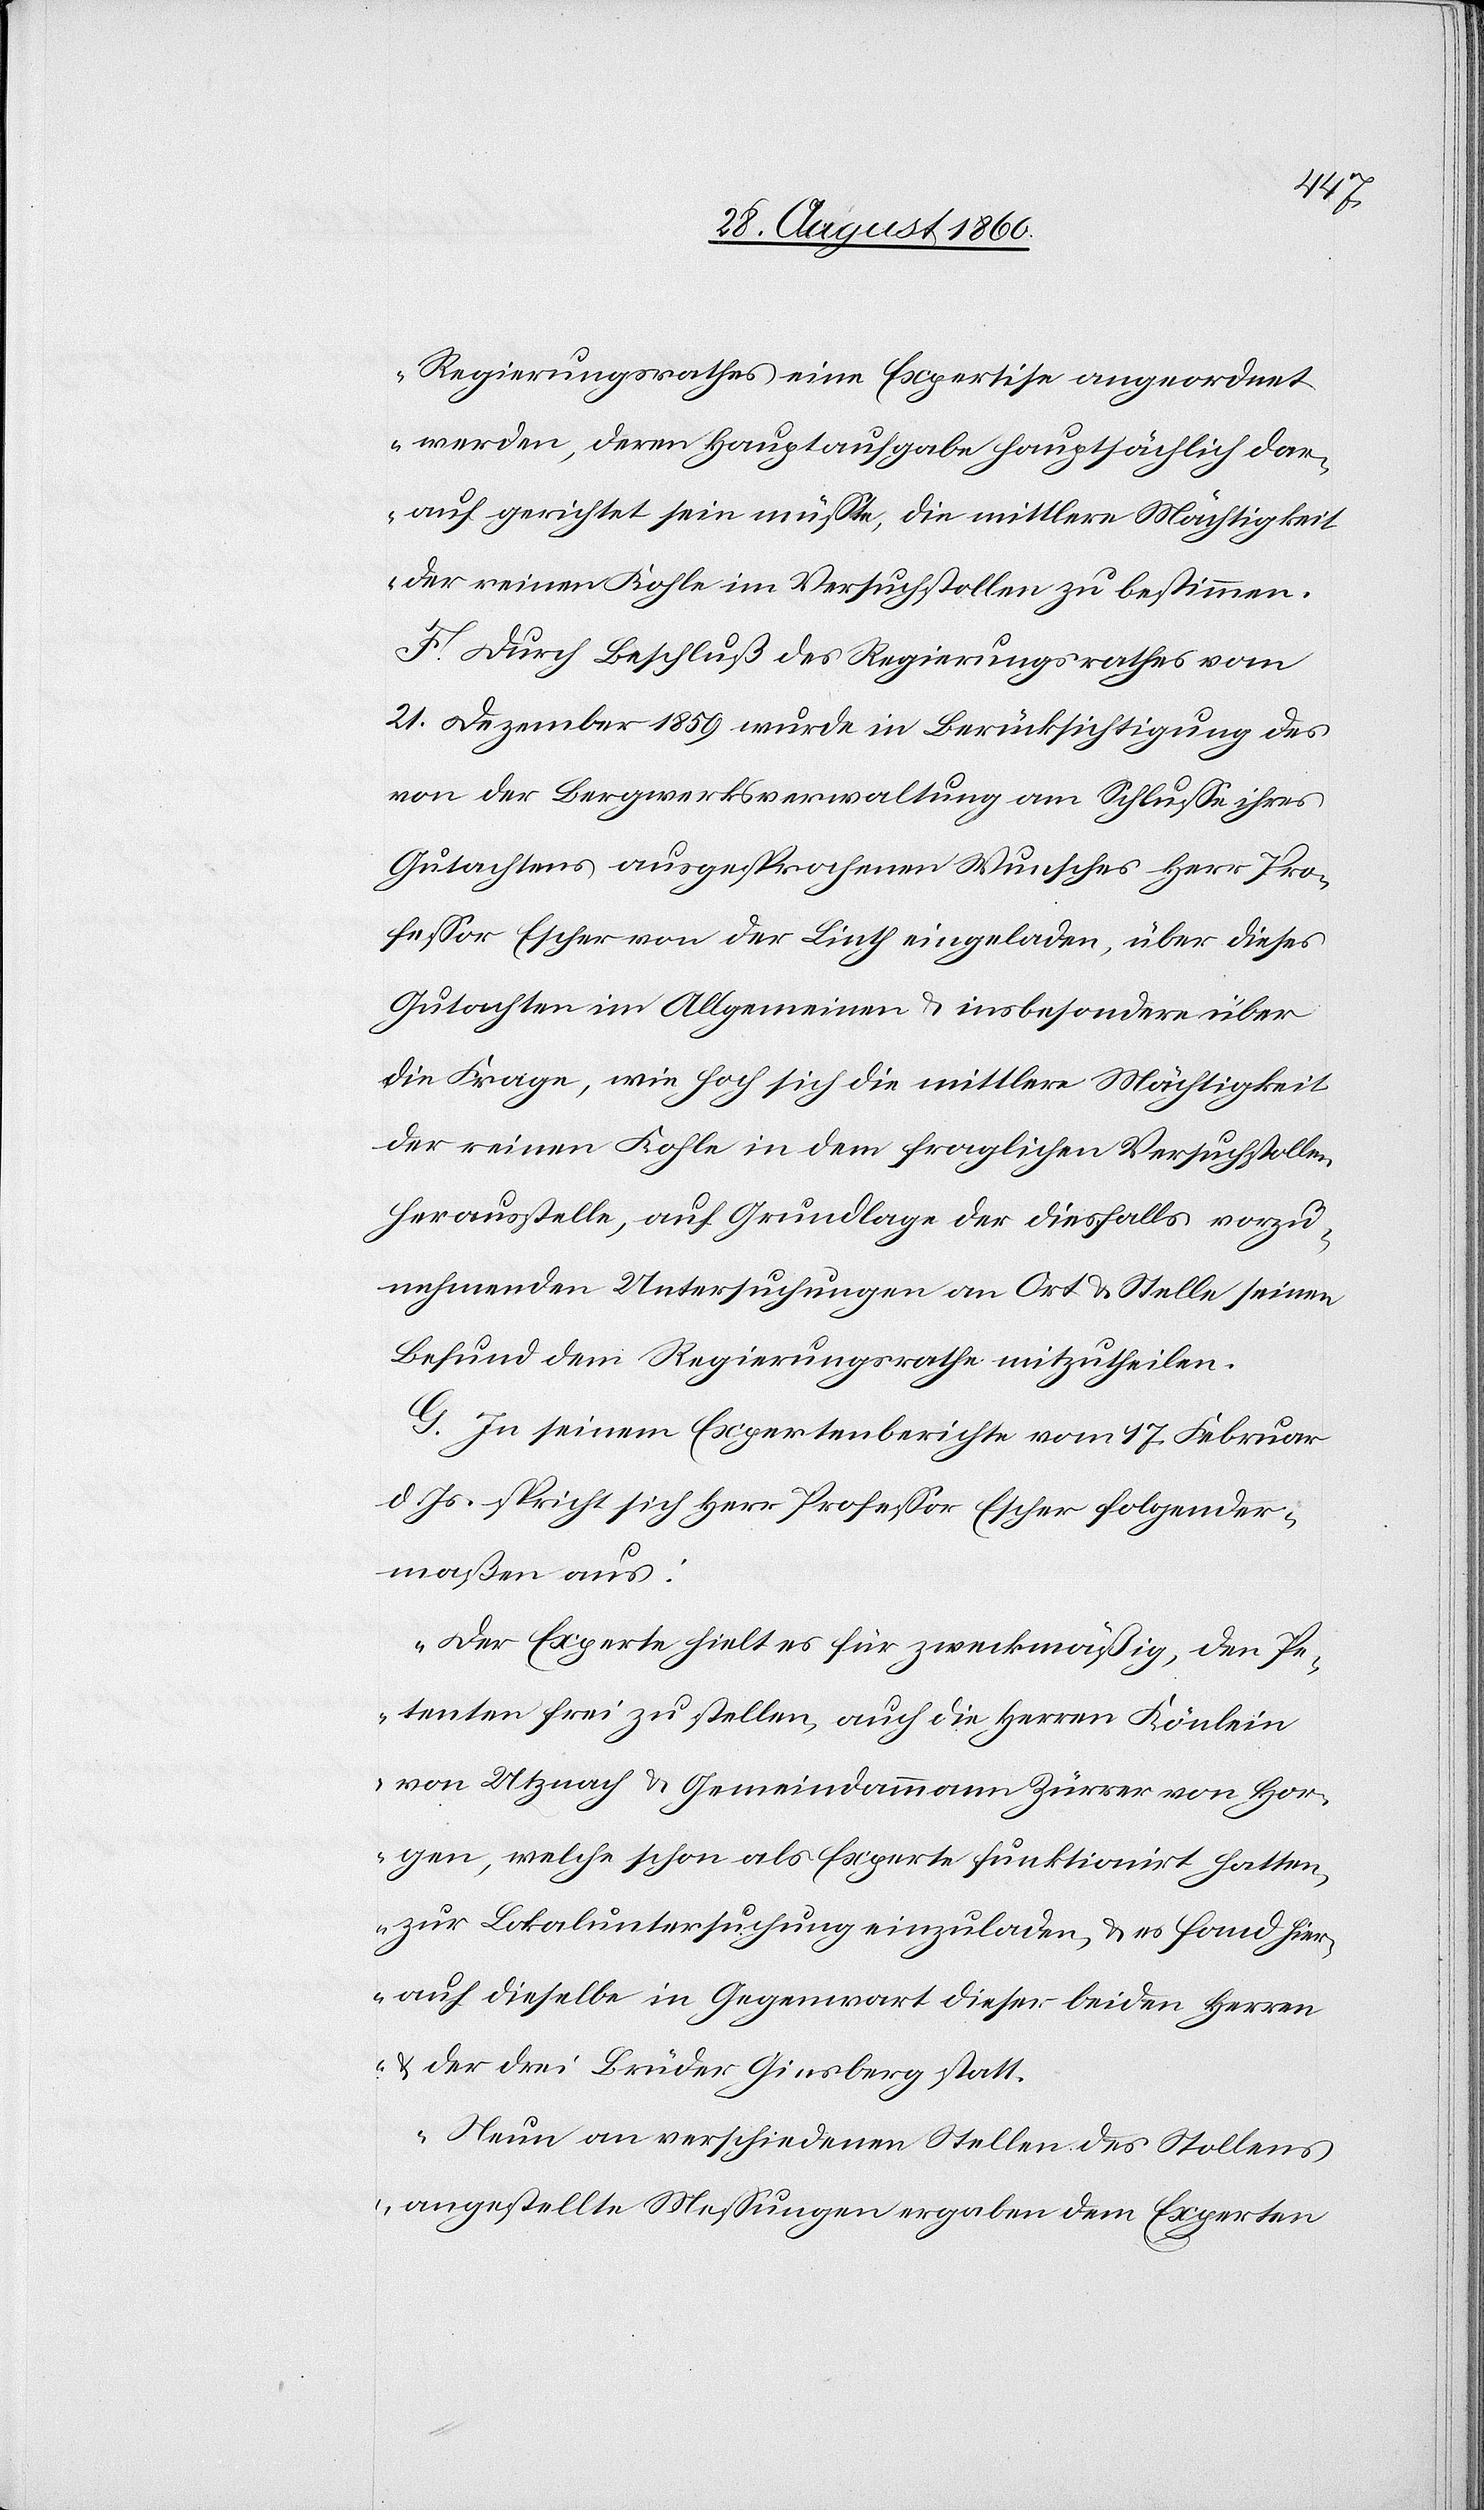
Regierungsrathes eine Expertise angeordnet
werden, deren Hauptaufgabe hauptsächlich dar¬
auf gerichtet sein müsste, die mittlere Mächtigkeit
der reinen Kohle im Versuchsstollen zu bestimmen.“
F. Durch Beschluss des Regierungsrathes vom
21. Dezember 1859 wurde in Berücksichtigung des
von der Bergwerksverwaltung am Schlusse ihres
Gutachtens ausgesprochenen Wunsches, Herr Pro¬
fessor Escher von der Linth eingeladen, über dieses
Gutachten im Allgemeinen u. insbesondere über
die Frage, wie hoch sich die mittlere Mächtigkeit
der reinen Kohle in dem fraglichen Versuchsstollen
herausstelle, auf Grundlage der diesfalls vorzu¬
nehmenden Untersuchungen an Ort u. Stelle seinem
Beruf dem Regierungsrathe mitzutheilen.
G. In seinem Expertenberichte vom 17. Februar
d. Js. spricht sich Hr. Professor Escher folgender¬
massen aus:
„Der Experte hielt es für zweckmässig, den Pe¬
tenten frei zustellen, auch die Herren Köchlein
von Utznach u. Gemeindammann Zürrer von Hor¬
gen, welche schon als Experte funktionirt hatten,
zur Lokaluntersuchung einzuladen u. es fand hier¬
auf dieselbe in Gegenwart dieser beiden Herren
u. der 3 Brüder Ginsberg statt.
Neun an verschiedenen Stellen des Stollens
angestellte Messungen ergaben dem Experten